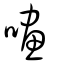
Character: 㗲